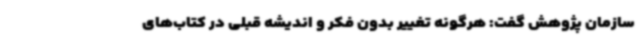
سازمان پژوهش گفت: هرگونه تغییر بدون فکر و اندیشه قبلی در کتاب‌های